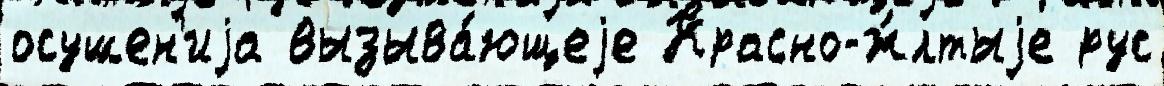
осушен'иjа вызыва́ющеjе Красно-ж́лтыjе рус